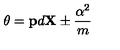
\theta = { \bf p } d { \bf X } \pm { \frac { \alpha ^ { 2 } } { m } }